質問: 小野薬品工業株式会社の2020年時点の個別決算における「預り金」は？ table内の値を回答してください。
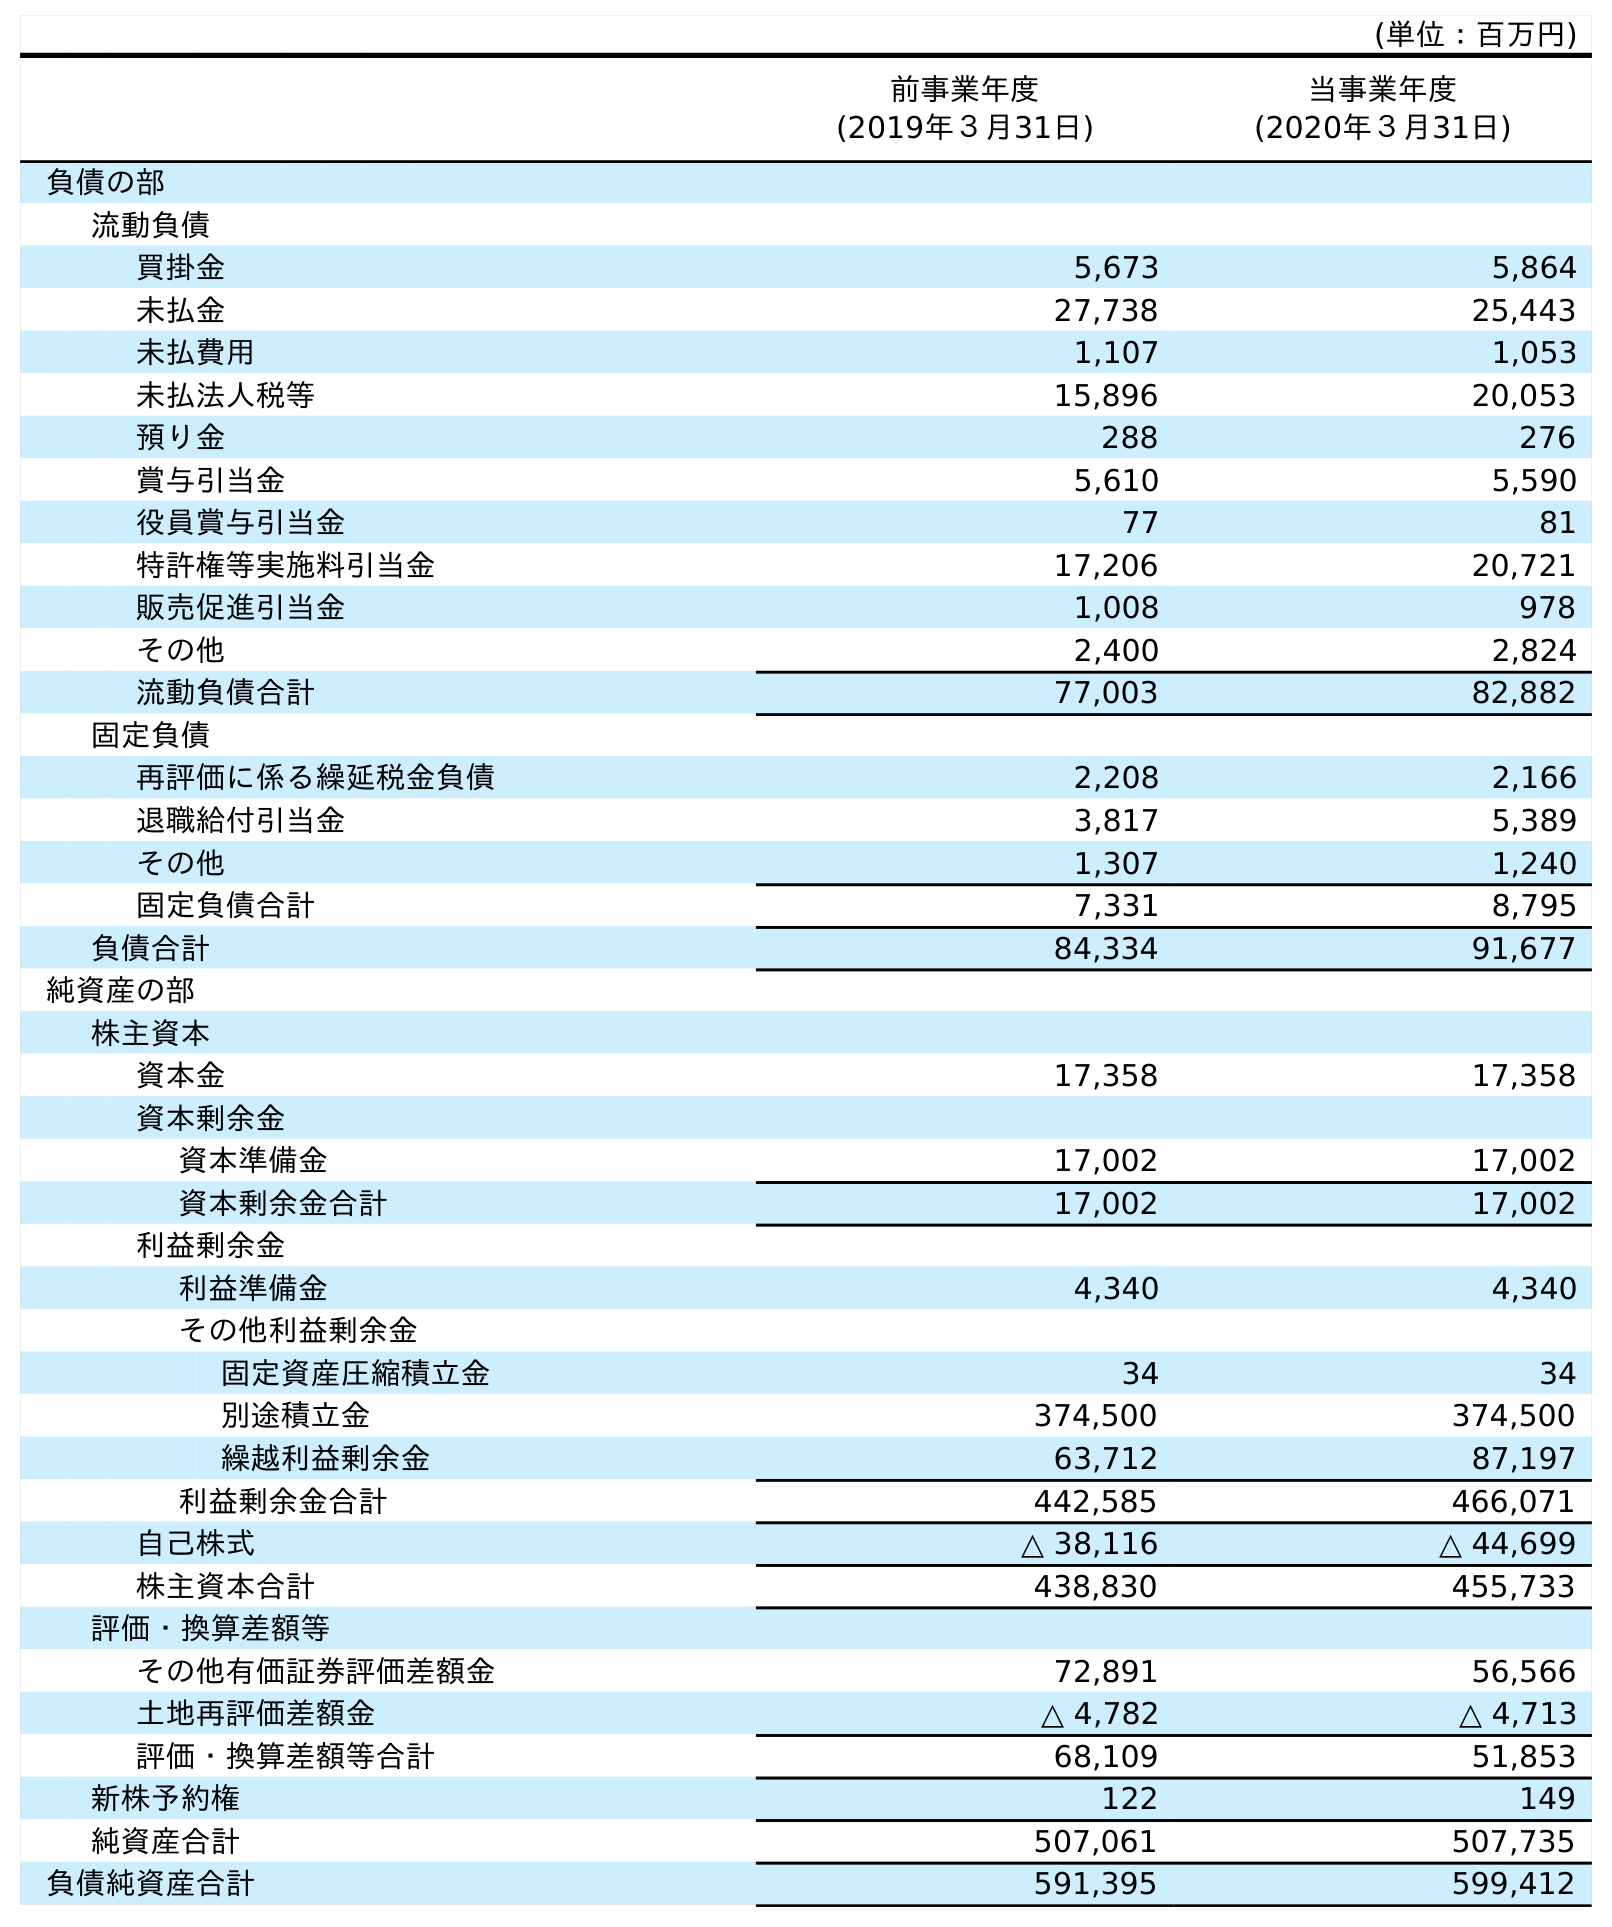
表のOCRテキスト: (単位：百万円) 前事業年度 (2019年３月31日) 当事業年度 (2020年３月31日) 負債の部 流動負債 買掛金 5,673 5,864 未払金 27,738 25,443 未払費用 1,107 1,053 未払法人税等 15,896 20,053 預り金 288 276 賞与引当金 5,610 5,590 役員賞与引当金 77 81 特許権等実施料引当金 17,206 20,721 販売促進引当金 1,008 978 その他 2,400 2,824 流動負債合計 77,003 82,882 固定負債 再評価に係る繰延税金負債 2,208 2,166 退職給付引当金 3,817 5,389 その他 1,307 1,240 固定負債合計 7,331 8,795 負債合計 84,334 91,677 純資産の部 株主資本 資本金 17,358 17,358 資本剰余金 資本準備金 17,002 17,002 資本剰余金合計 17,002 17,002 利益剰余金 利益準備金 4,340 4,340 その他利益剰余金 固定資産圧縮積立金 34 34 別途積立金 374,500 374,500 繰越利益剰余金 63,712 87,197 利益剰余金合計 442,585 466,071 自己株式 △ 38,116 △ 44,699 株主資本合計 438,830 455,733 評価・換算差額等 その他有価証券評価差額金 72,891 56,566 土地再評価差額金 △ 4,782 △ 4,713 評価・換算差額等合計 68,109 51,853 新株予約権 122 149 純資産合計 507,061 507,735 負債純資産合計 591,395 599,412
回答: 276